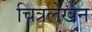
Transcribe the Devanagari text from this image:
चित्रलेखन